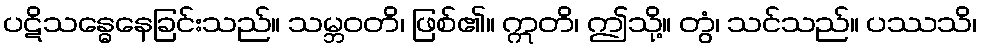
ပဋိသန္ဓေနေခြင်းသည်။ သမ္ဘဝတိ၊ ဖြစ်၏။ ဣတိ၊ ဤသို့။ တွံ၊ သင်သည်။ ပဿသိ၊